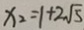
x _ { 2 } = 1 + 2 \sqrt { 5 }